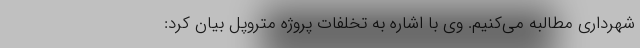
شهرداری مطالبه می‌کنیم. وی با اشاره به تخلفات پروژه متروپل بیان کرد: